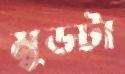
মুডটা